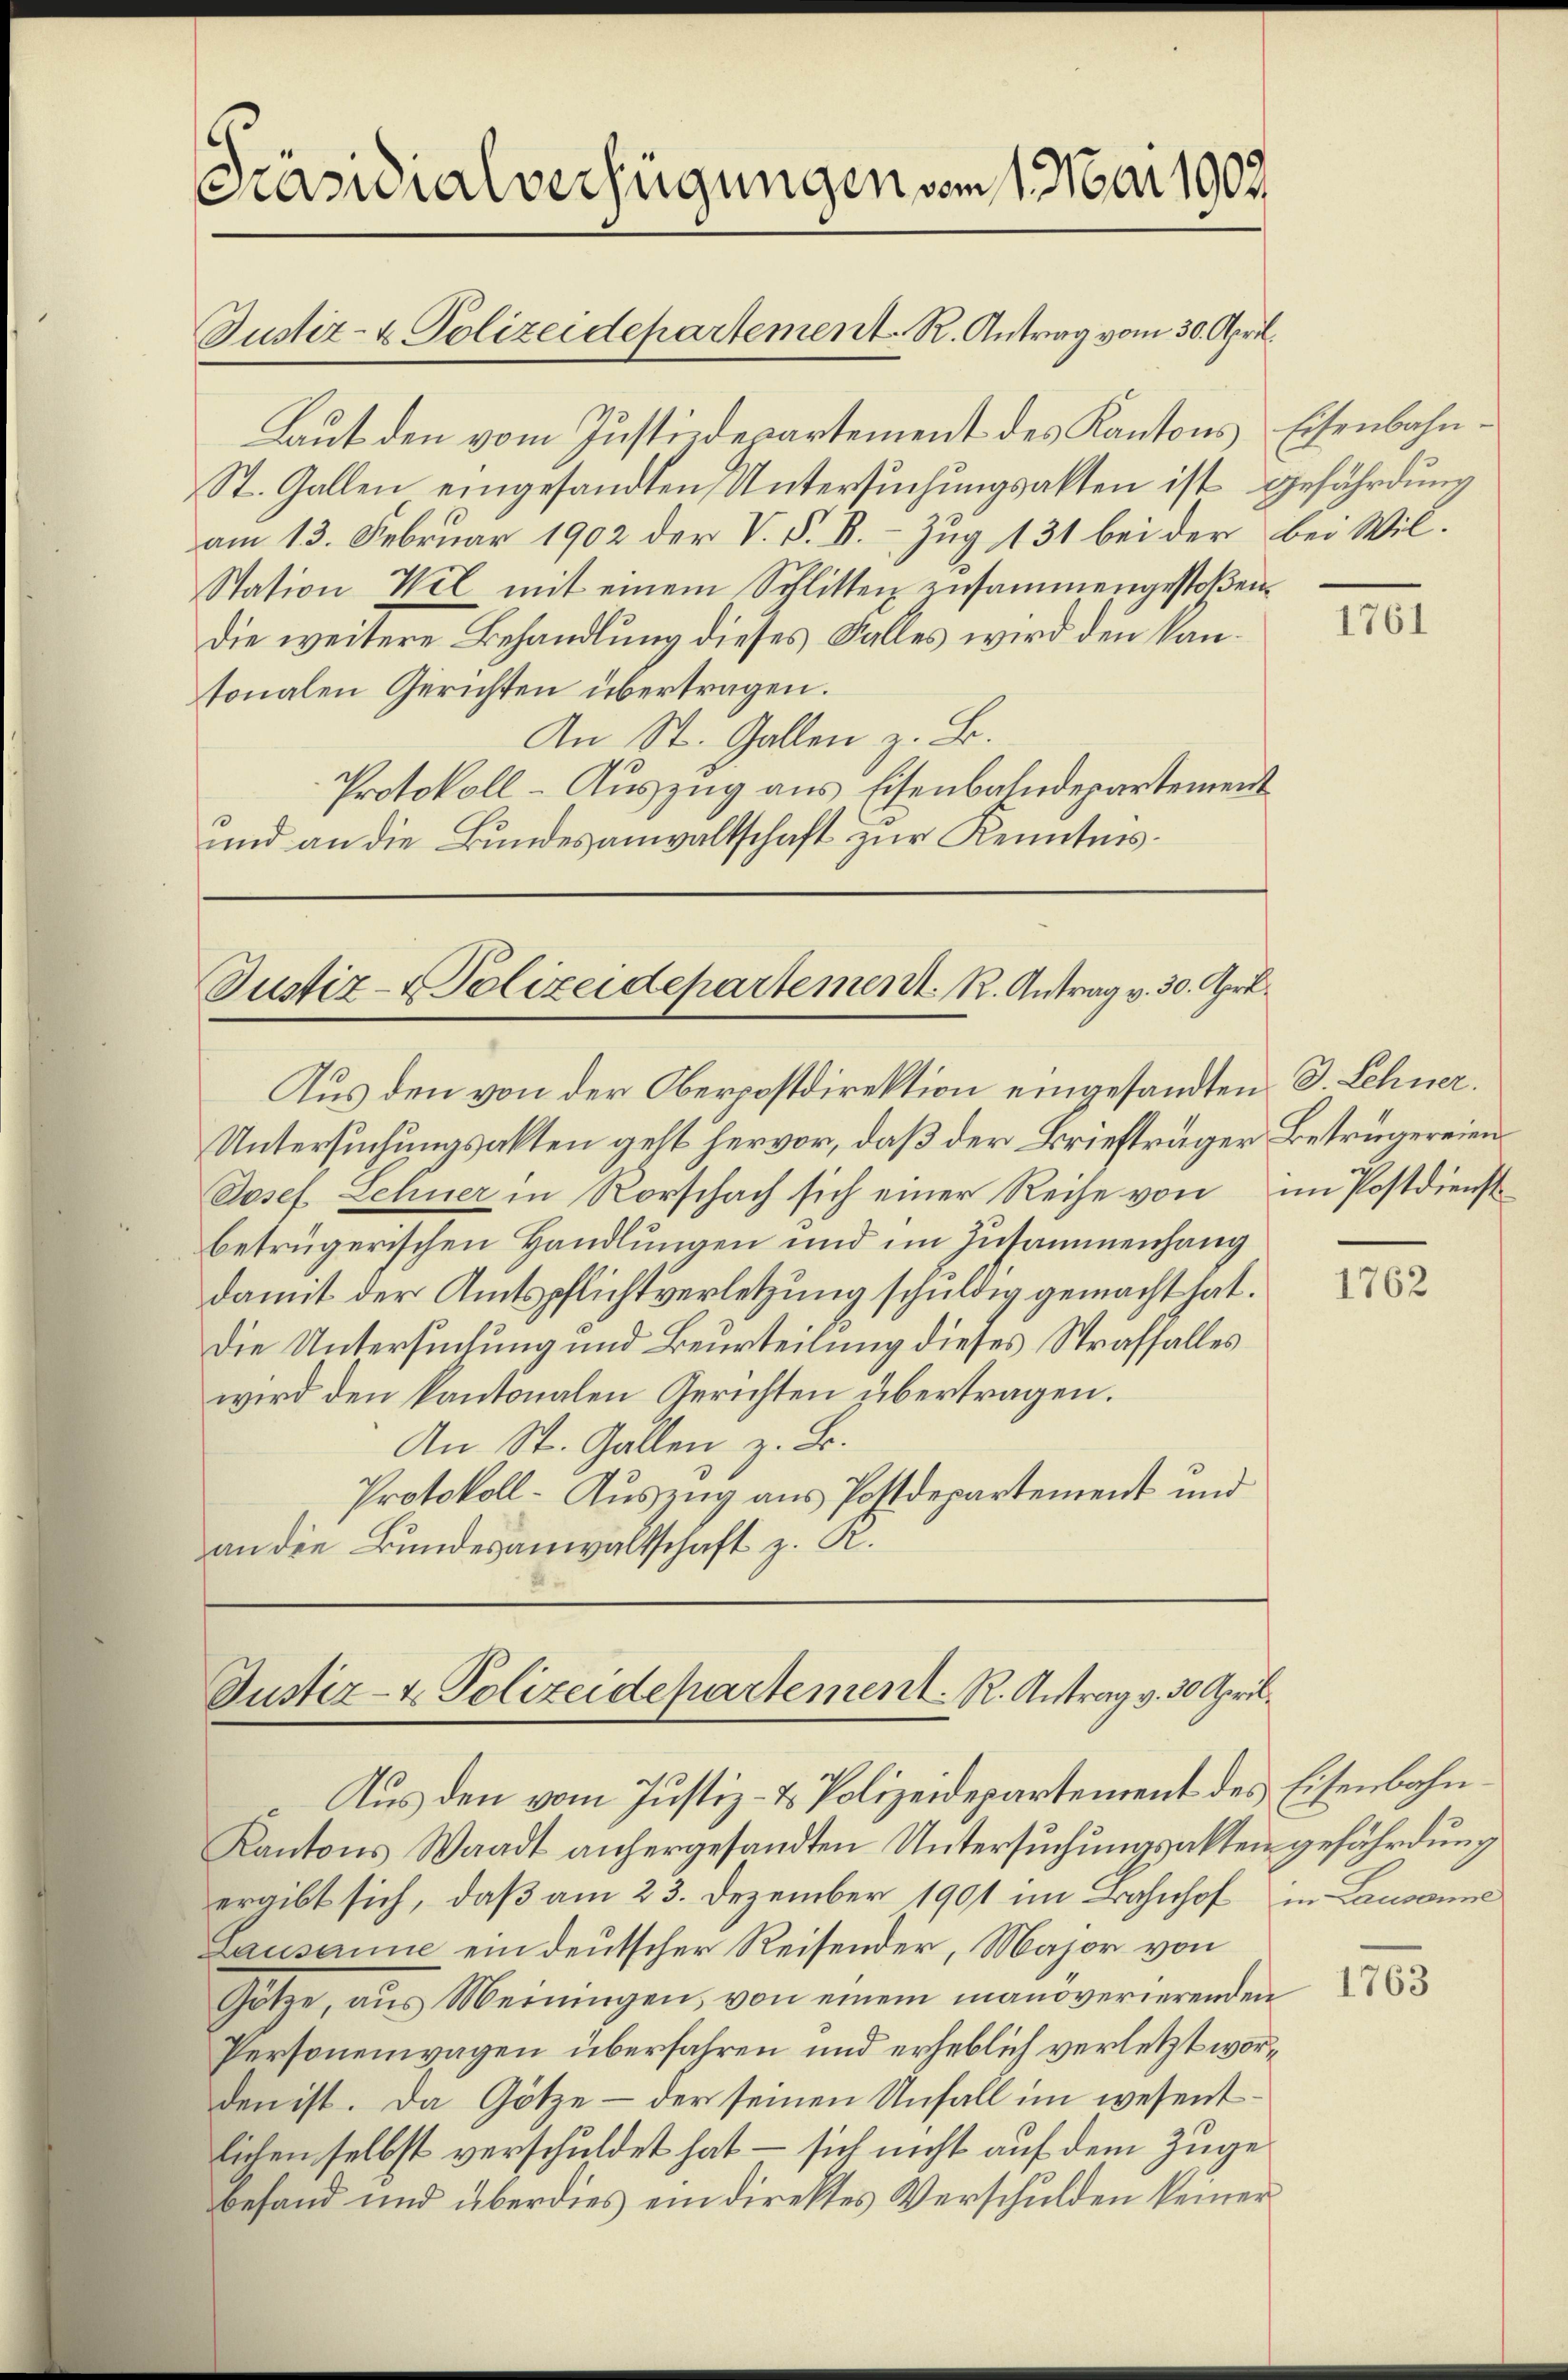
Präsidialverfügungen vom 1. Mai 1907.

Laut den vom Justizdepartement des Kantons Eisenbahn¬
St. Gallen eingesandten Untersuchungsakten ist gefährdung
am 13. Februar 1902 der V. P. B. Zug 131 bei der bei Wil¬
Station Wel mit einem Schlitten zusammengestoβen
die weitere Behandlung dieses Falles wird den kantonalen Gerichten übertragen.
An St. Gallen z. B.
Protokoll- Auszug aus Eisenbahndepartement
und an die Bundesanwaltschaft zur Kenntnis¬

Justiz- & Polizeidepartement. R. Antrag vom 30. April.

Justiz-Polizeidepartement. R. Antrag v. 30. Apri

Aus den von der Oberpostdirektion eingesandten d. Lehner.
Untersuchungsakten geht hervor, daß der Briefträger Betrügereien
Josef. Lehner in Rorschach sich einer Reihe von im Postdienst
betrügerischen Handlungen und im Zusammenhang
damit der Amtspflichtverletzung schuldig gemacht hat.
Die Untersuchung und Beurteilung dieses Straffalles
wird den kantonalen Gerichten übertragen.
An St. Gallen z. B.
Protokoll-Auszug aus Postdepartement und
an die Bundesanwaltschaft z. K.

Justiz- & Polizeidepartement. R. Antrag v. 30 April.

Aus den vom Justiz- & Polizeidepartement des Eisenbahn¬
Kantons Waadt anhergesandten Untersuchungsakten gefährdung
ergibt sich, daß am 23. Dezember 1901 im Bahnhof in Lausanne
Lausanne ein deutscher Reisender, Major von
Götze, aus Meiningen, von einem manöverierenden
Personenwagen überfahren und erheblich verletzt worden ist. Da Götze - der seinen Unfall im wesent
lichen selbst verschuldet hat – sich nicht auf dem Zuge
Behand und überdies eindirektes Verschulden keiner

1761

1762

1763